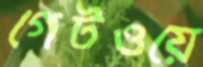
গেটওয়ে